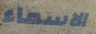
الاسماء